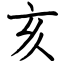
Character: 亥